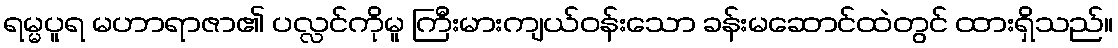
ရမ္မပူရ မဟာရာဇာ၏ ပလ္လင်ကိုမူ ကြီးမားကျယ်ဝန်းသော ခန်းမဆောင်ထဲတွင် ထားရှိသည်။